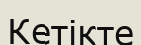
Кетікте